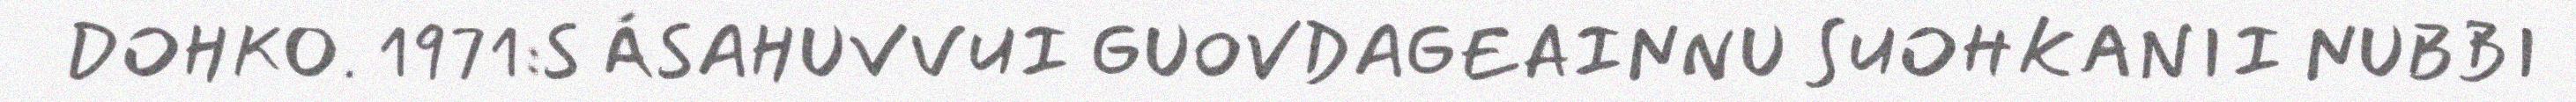
DOHKO. 1971:S ÁSAHUVVUI GUOVDAGEAINNU SUOHKANII NUBBI